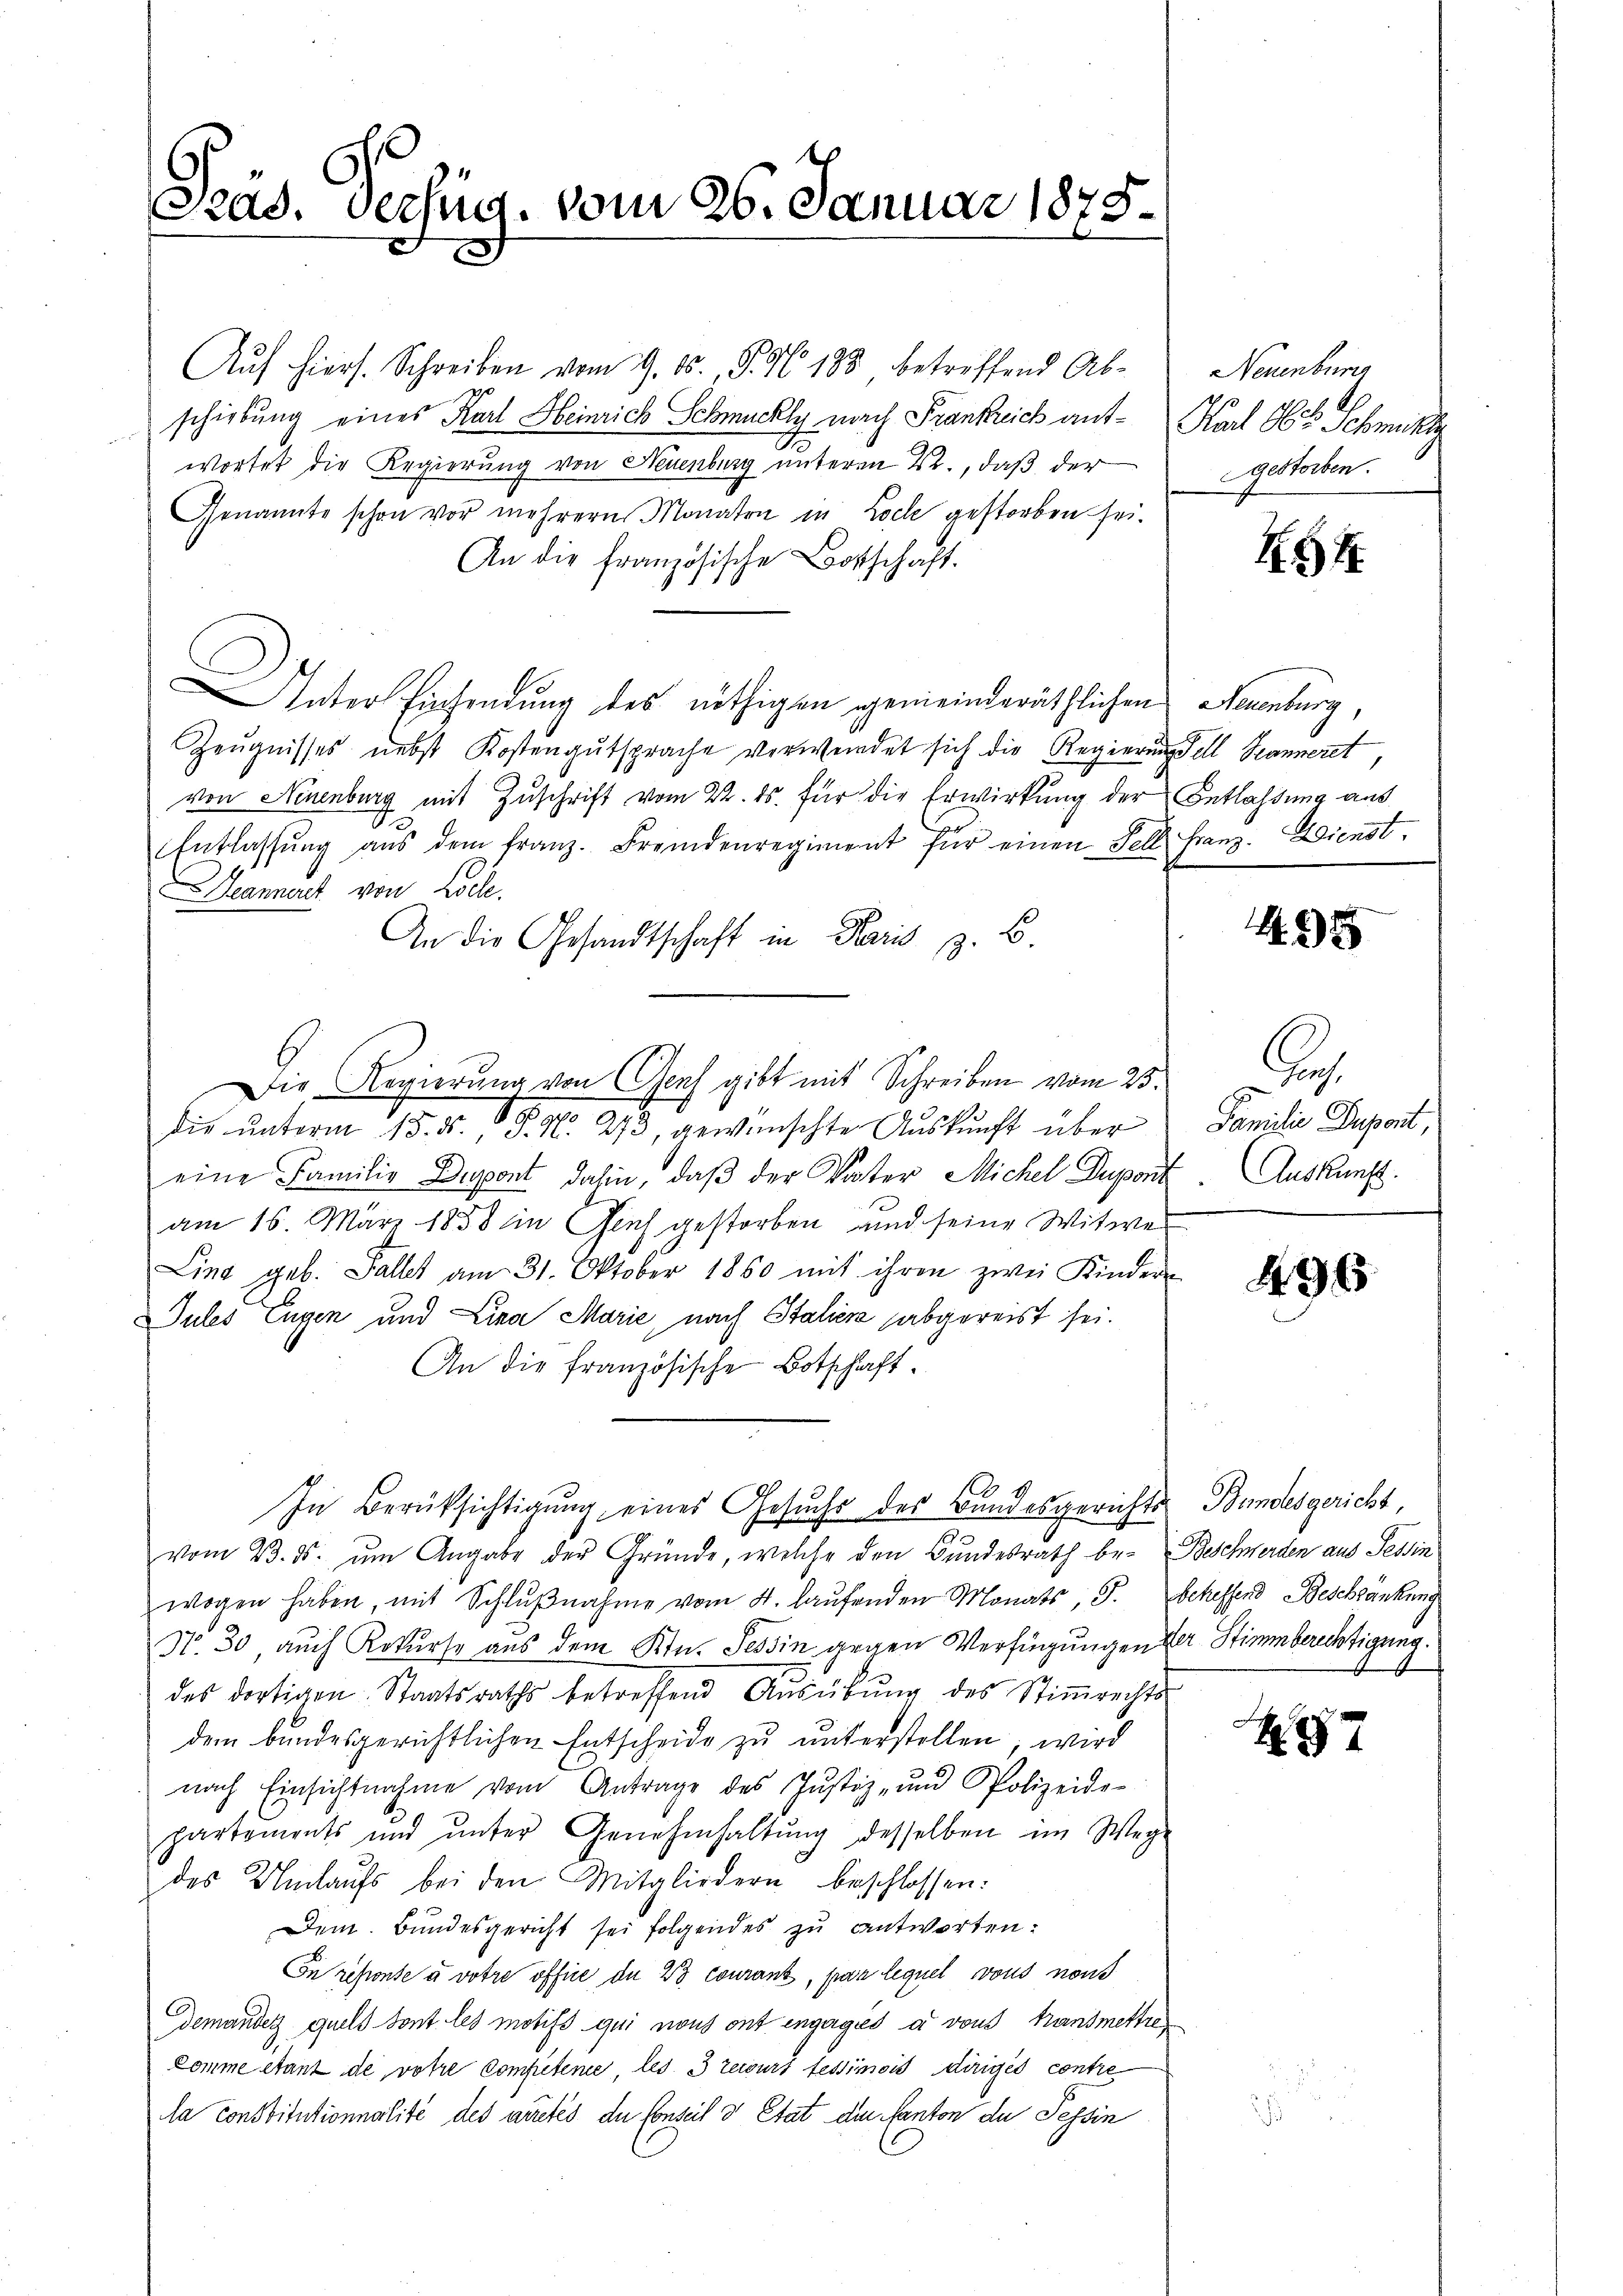
Grad. Verfüg, vom 26. Januar 1875

Aŭf hiers. Schreiben vom 9. ds., S. 56. 188 betreffend Ab-
schiebung eines Karl Heinrich Schmuckly nach Frankreich ant-Karl Abt. Schmitt
d
wortet die Regierung von Neuenburg unterm 22., daß der
Genannte schon vor mehrern Monaten in Loch gestorben sei.
An die französische Botschaft.
Inter Einsendung des nöthigen gemeinderäthlichen Neuenburg,
Zeŭgnisses nebst Kostengutsprache verwendet sich die Regierung soll Seänneret,
von Neuenburg mit Zuschrift vom 22. ds. für die Erwirkung der Entlaßung aus
Entlassŭng aŭs dem franz. Fremdenregiment für einen Fell Franz. Idienst.
eannert von Colle.
An die Gesandtschaft in Paris z. B
Die Regierung von Genf gibt mit Schreiben vom 23.
die ŭnterm 15. ds. S. N. 273, gewünschte Aŭskŭnft über
eine Familie Dupont dahin, daß der Vater Michel Duport
am 16. März 1858 in Gleich gestorben und seine Witwer
Ling geb. Gallet am 31. Oktober 1860 mit ihren zwei Kindern
Jules Eugen und Lina Marie, nach Italien abgereist sei.
An die französische Botschaft.
In Berüksichtigung eines Gesuchs des Bandesgerichts Bundesgericht
vom 23. ds. um Angabe der Gründe, welche den Bundesrath be- Beschwerden aus Tessin
wogen haben, mit Schlŭβnahme vom 4. laŭfenden Monats, F. Schiffend Beschränkung
Nr. 30, auch Rekurse aus dem Ktn. Tessin gegen Verfügungen der Stimmberechtigung.
des dortigen Staatsraths betreffend Aŭsübŭng des Stiṁrechts-
dem bundesgerichtlichen Entscheide zu unterstellen, wird
nach Einsichtnahme vom Antrage des Justiz- und Polizeido-
partements und ŭnter Genehmhaltŭng desselben im Wege
des Umlaufs bei den Mitgliedern beschlossen:
Dem Bundesgericht sei folgendes zu antworten:
En reponte à votre office de 23 couranz, par lequel vous nous
demander quels sont les motifs qui nous ont engagies a von Transmettre
komme étant de votie Competene, les. 3 zewurt fessimois diriges contre
la constitutionnalité des auctés du Conseil v. Etat der Kanton de Tessin

Neuenburgs
6
gestorben.

454

5

D
Familie Dapont,
Auskunft.

496

H. 77